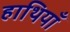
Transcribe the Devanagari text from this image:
हाथियाँ